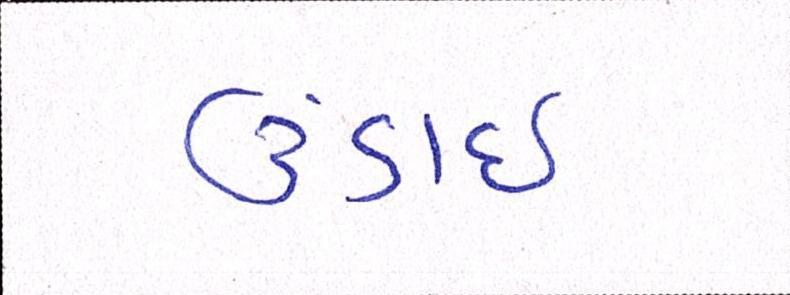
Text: ઉંડાઈ